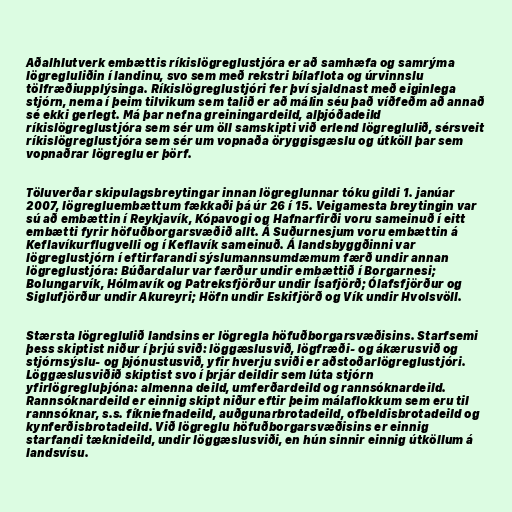
Aðalhlutverk embættis ríkislögreglustjóra er að samhæfa og samrýma
lögregluliðin í landinu, svo sem með rekstri bílaflota og úrvinnslu
tölfræðiupplýsinga. Ríkislögreglustjóri fer því sjaldnast með eiginlega
stjórn, nema í þeim tilvikum sem talið er að málin séu það víðfeðm að annað
sé ekki gerlegt. Má þar nefna greiningardeild, alþjóðadeild
ríkislögreglustjóra sem sér um öll samskipti við erlend lögreglulið, sérsveit
ríkislögreglustjóra sem sér um vopnaða öryggisgæslu og útköll þar sem
vopnaðrar lögreglu er þörf.

Töluverðar skipulagsbreytingar innan lögreglunnar tóku gildi 1. janúar
2007, lögregluembættum fækkaði þá úr 26 í 15. Veigamesta breytingin var
sú að embættin í Reykjavík, Kópavogi og Hafnarfirði voru sameinuð í eitt
embætti fyrir höfuðborgarsvæðið allt. Á Suðurnesjum voru embættin á
Keflavíkurflugvelli og í Keflavík sameinuð. Á landsbyggðinni var
lögreglustjórn í eftirfarandi sýslumannsumdæmum færð undir annan
lögreglustjóra: Búðardalur var færður undir embættið í Borgarnesi;
Bolungarvík, Hólmavík og Patreksfjörður undir Ísafjörð; Ólafsfjörður og
Siglufjörður undir Akureyri; Höfn undir Eskifjörð og Vík undir Hvolsvöll.

Stærsta lögreglulið landsins er lögregla höfuðborgarsvæðisins. Starfsemi
þess skiptist niður í þrjú svið: löggæslusvið, lögfræði- og ákærusvið og
stjórnsýslu- og þjónustusvið, yfir hverju sviði er aðstoðarlögreglustjóri.
Löggæslusviðið skiptist svo í þrjár deildir sem lúta stjórn
yfirlögregluþjóna: almenna deild, umferðardeild og rannsóknardeild.
Rannsóknardeild er einnig skipt niður eftir þeim málaflokkum sem eru til
rannsóknar, s.s. fíkniefnadeild, auðgunarbrotadeild, ofbeldisbrotadeild og
kynferðisbrotadeild. Við lögreglu höfuðborgarsvæðisins er einnig
starfandi tæknideild, undir löggæslusviði, en hún sinnir einnig útköllum á
landsvísu.